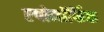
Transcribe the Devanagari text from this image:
एपोमॉर्फिक